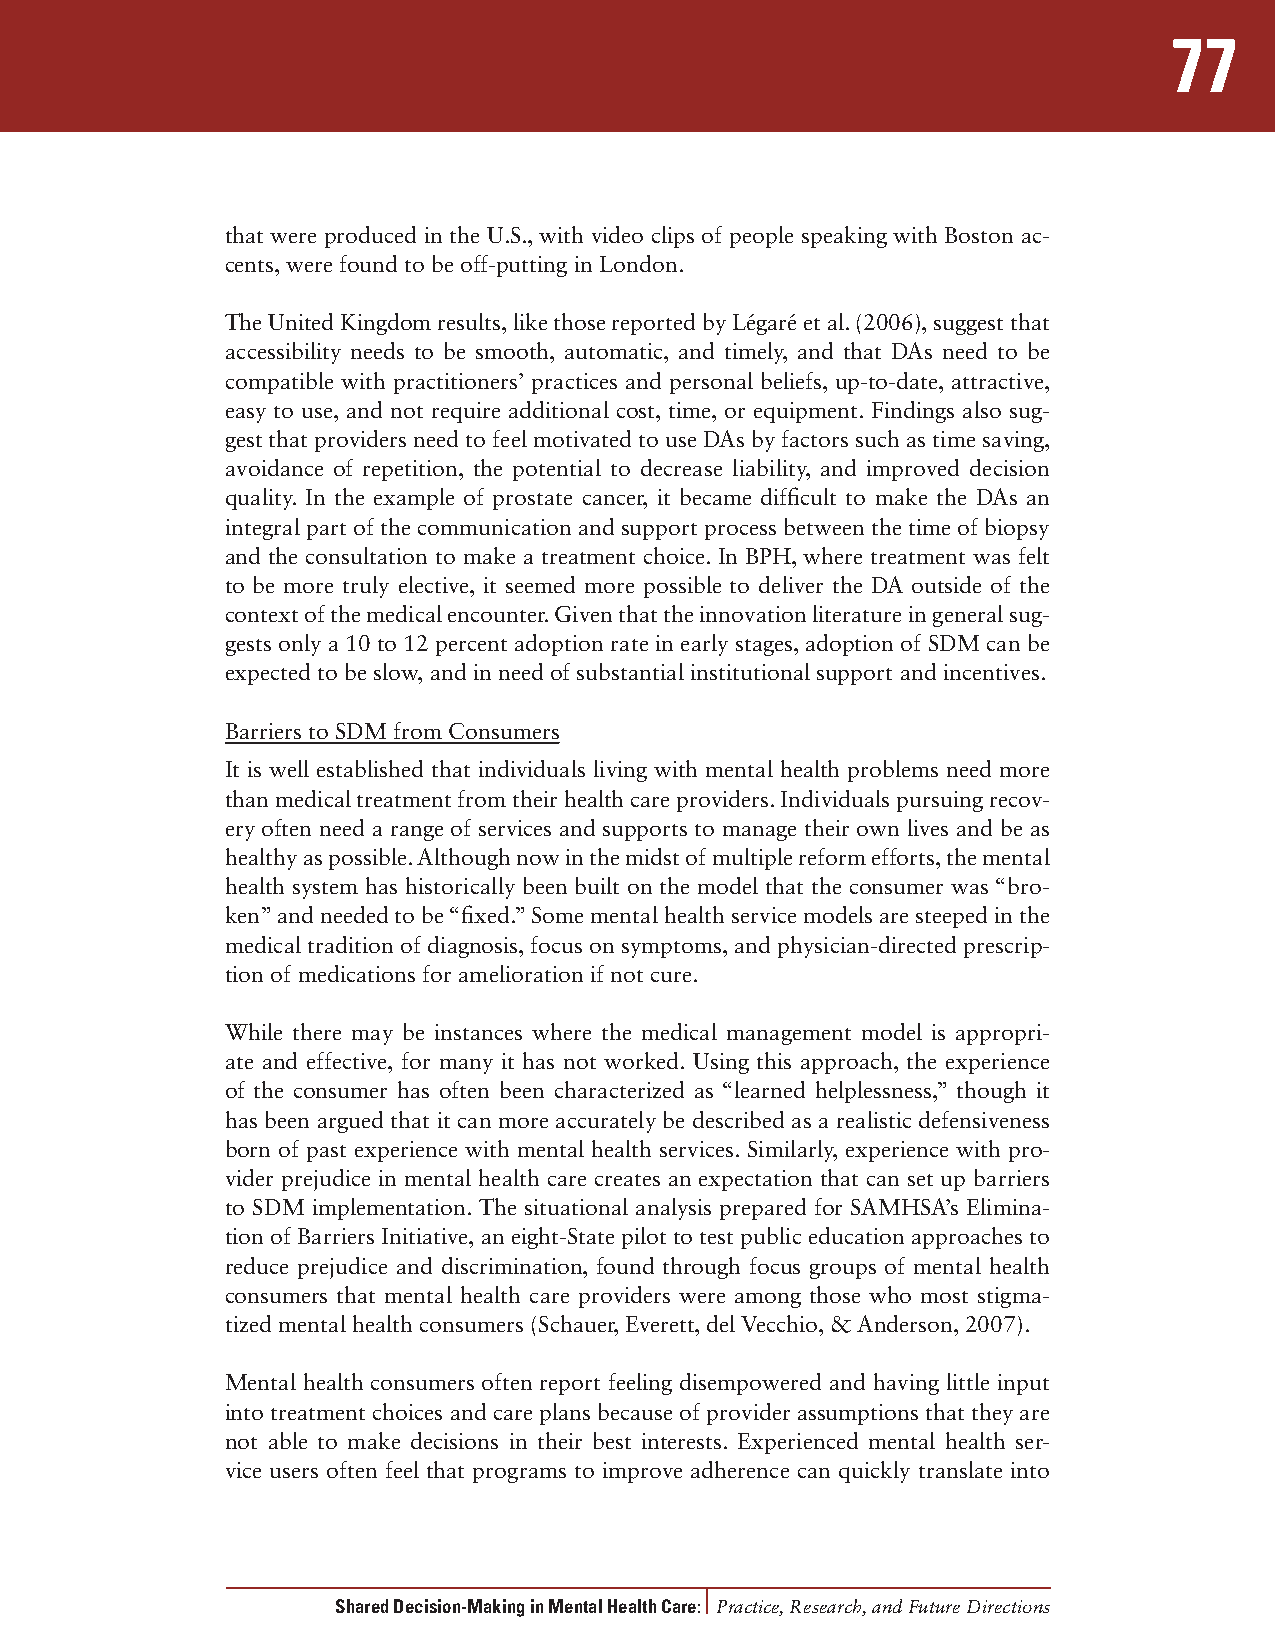
77
 that were produced in the U.S., with video clips of people speaking with Boston ac-
 cents, were found to be off-putting in London.
 The United Kingdom results, like those reported by Légaré et al. (2006), suggest that
 accessibility needs to be smooth, automatic, and timely, and that DAs need to be
 compatible with practitioners’ practices and personal beliefs, up-to-date, attractive,
 easy to use, and not require additional cost, time, or equipment. Findings also sug-
 gest that providers need to feel motivated to use DAs by factors such as time saving,
 avoidance of repetition, the potential to decrease liability, and improved decision
 quality. In the example of prostate cancer, it became difficult to make the DAs an
 integral part of the communication and support process between the time of biopsy
 and the consultation to make a treatment choice. In BPH, where treatment was felt
 to be more truly elective, it seemed more possible to deliver the DA outside of the
 context of the medical encounter. Given that the innovation literature in general sug-
 gests only a 10 to 12 percent adoption rate in early stages, adoption of SDM can be
 expected to be slow, and in need of substantial institutional support and incentives.
 Barriers to SDM from Consumers
 It is well established that individuals living with mental health problems need more
 than medical treatment from their health care providers. Individuals pursuing recov-
 ery often need a range of services and supports to manage their own lives and be as
 healthy as possible. Although now in the midst of multiple reform efforts, the mental
 health system has historically been built on the model that the consumer was “bro-
 ken” and needed to be “fixed.” Some mental health service models are steeped in the
 medical tradition of diagnosis, focus on symptoms, and physician-directed prescrip-
 tion of medications for amelioration if not cure.
 While there may be instances where the medical management model is appropri-
 ate and effective, for many it has not worked. Using this approach, the experience
 of the consumer has often been characterized as “learned helplessness,” though it
 has been argued that it can more accurately be described as a realistic defensiveness
 born of past experience with mental health services. Similarly, experience with pro-
 vider prejudice in mental health care creates an expectation that can set up barriers
 to SDM implementation. The situational analysis prepared for SAMHSA’s Elimina-
 tion of Barriers Initiative, an eight-State pilot to test public education approaches to
 reduce prejudice and discrimination, found through focus groups of mental health
 consumers that mental health care providers were among those who most stigma-
 tized mental health consumers (Schauer, Everett, del Vecchio, & Anderson, 2007).
 Mental health consumers often report feeling disempowered and having little input
 into treatment choices and care plans because of provider assumptions that they are
 not able to make decisions in their best interests. Experienced mental health ser-
 vice users often feel that programs to improve adherence can quickly translate into
 Shared Decision-Making in Mental Health Care: Practice, Research, and Future Directions